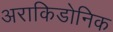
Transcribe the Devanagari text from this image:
अराकिडोनिक